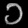
Digit: ၁